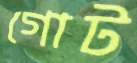
গোট